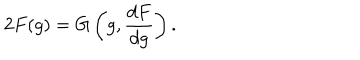
LaTeX: 2 F ( g ) = G \left( g , \frac { d F } { d g } \right) .